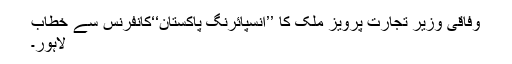
وفاقی وزیر تجارت پرویز ملک کا ’’انسپائرنگ پاکستان‘‘کانفرنس سے خطاب
لاہور۔